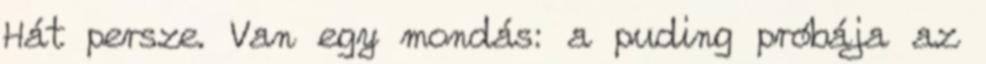
Hát persze. Van egy mondás: a puding próbája az